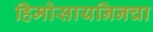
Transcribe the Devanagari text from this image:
हिमोसायनिनचा